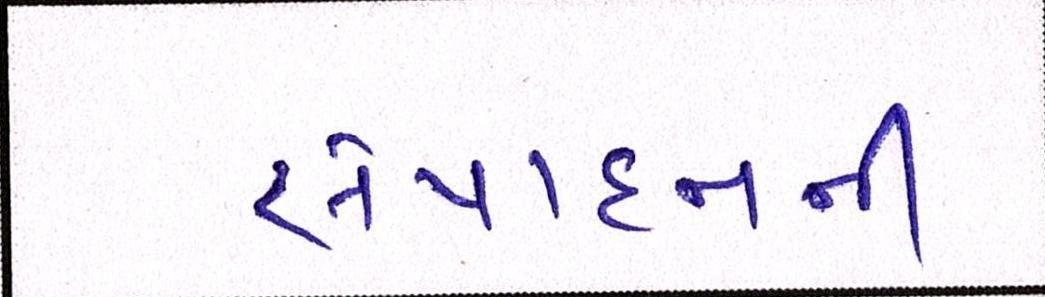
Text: સંપાદનની